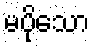
မပိုသော